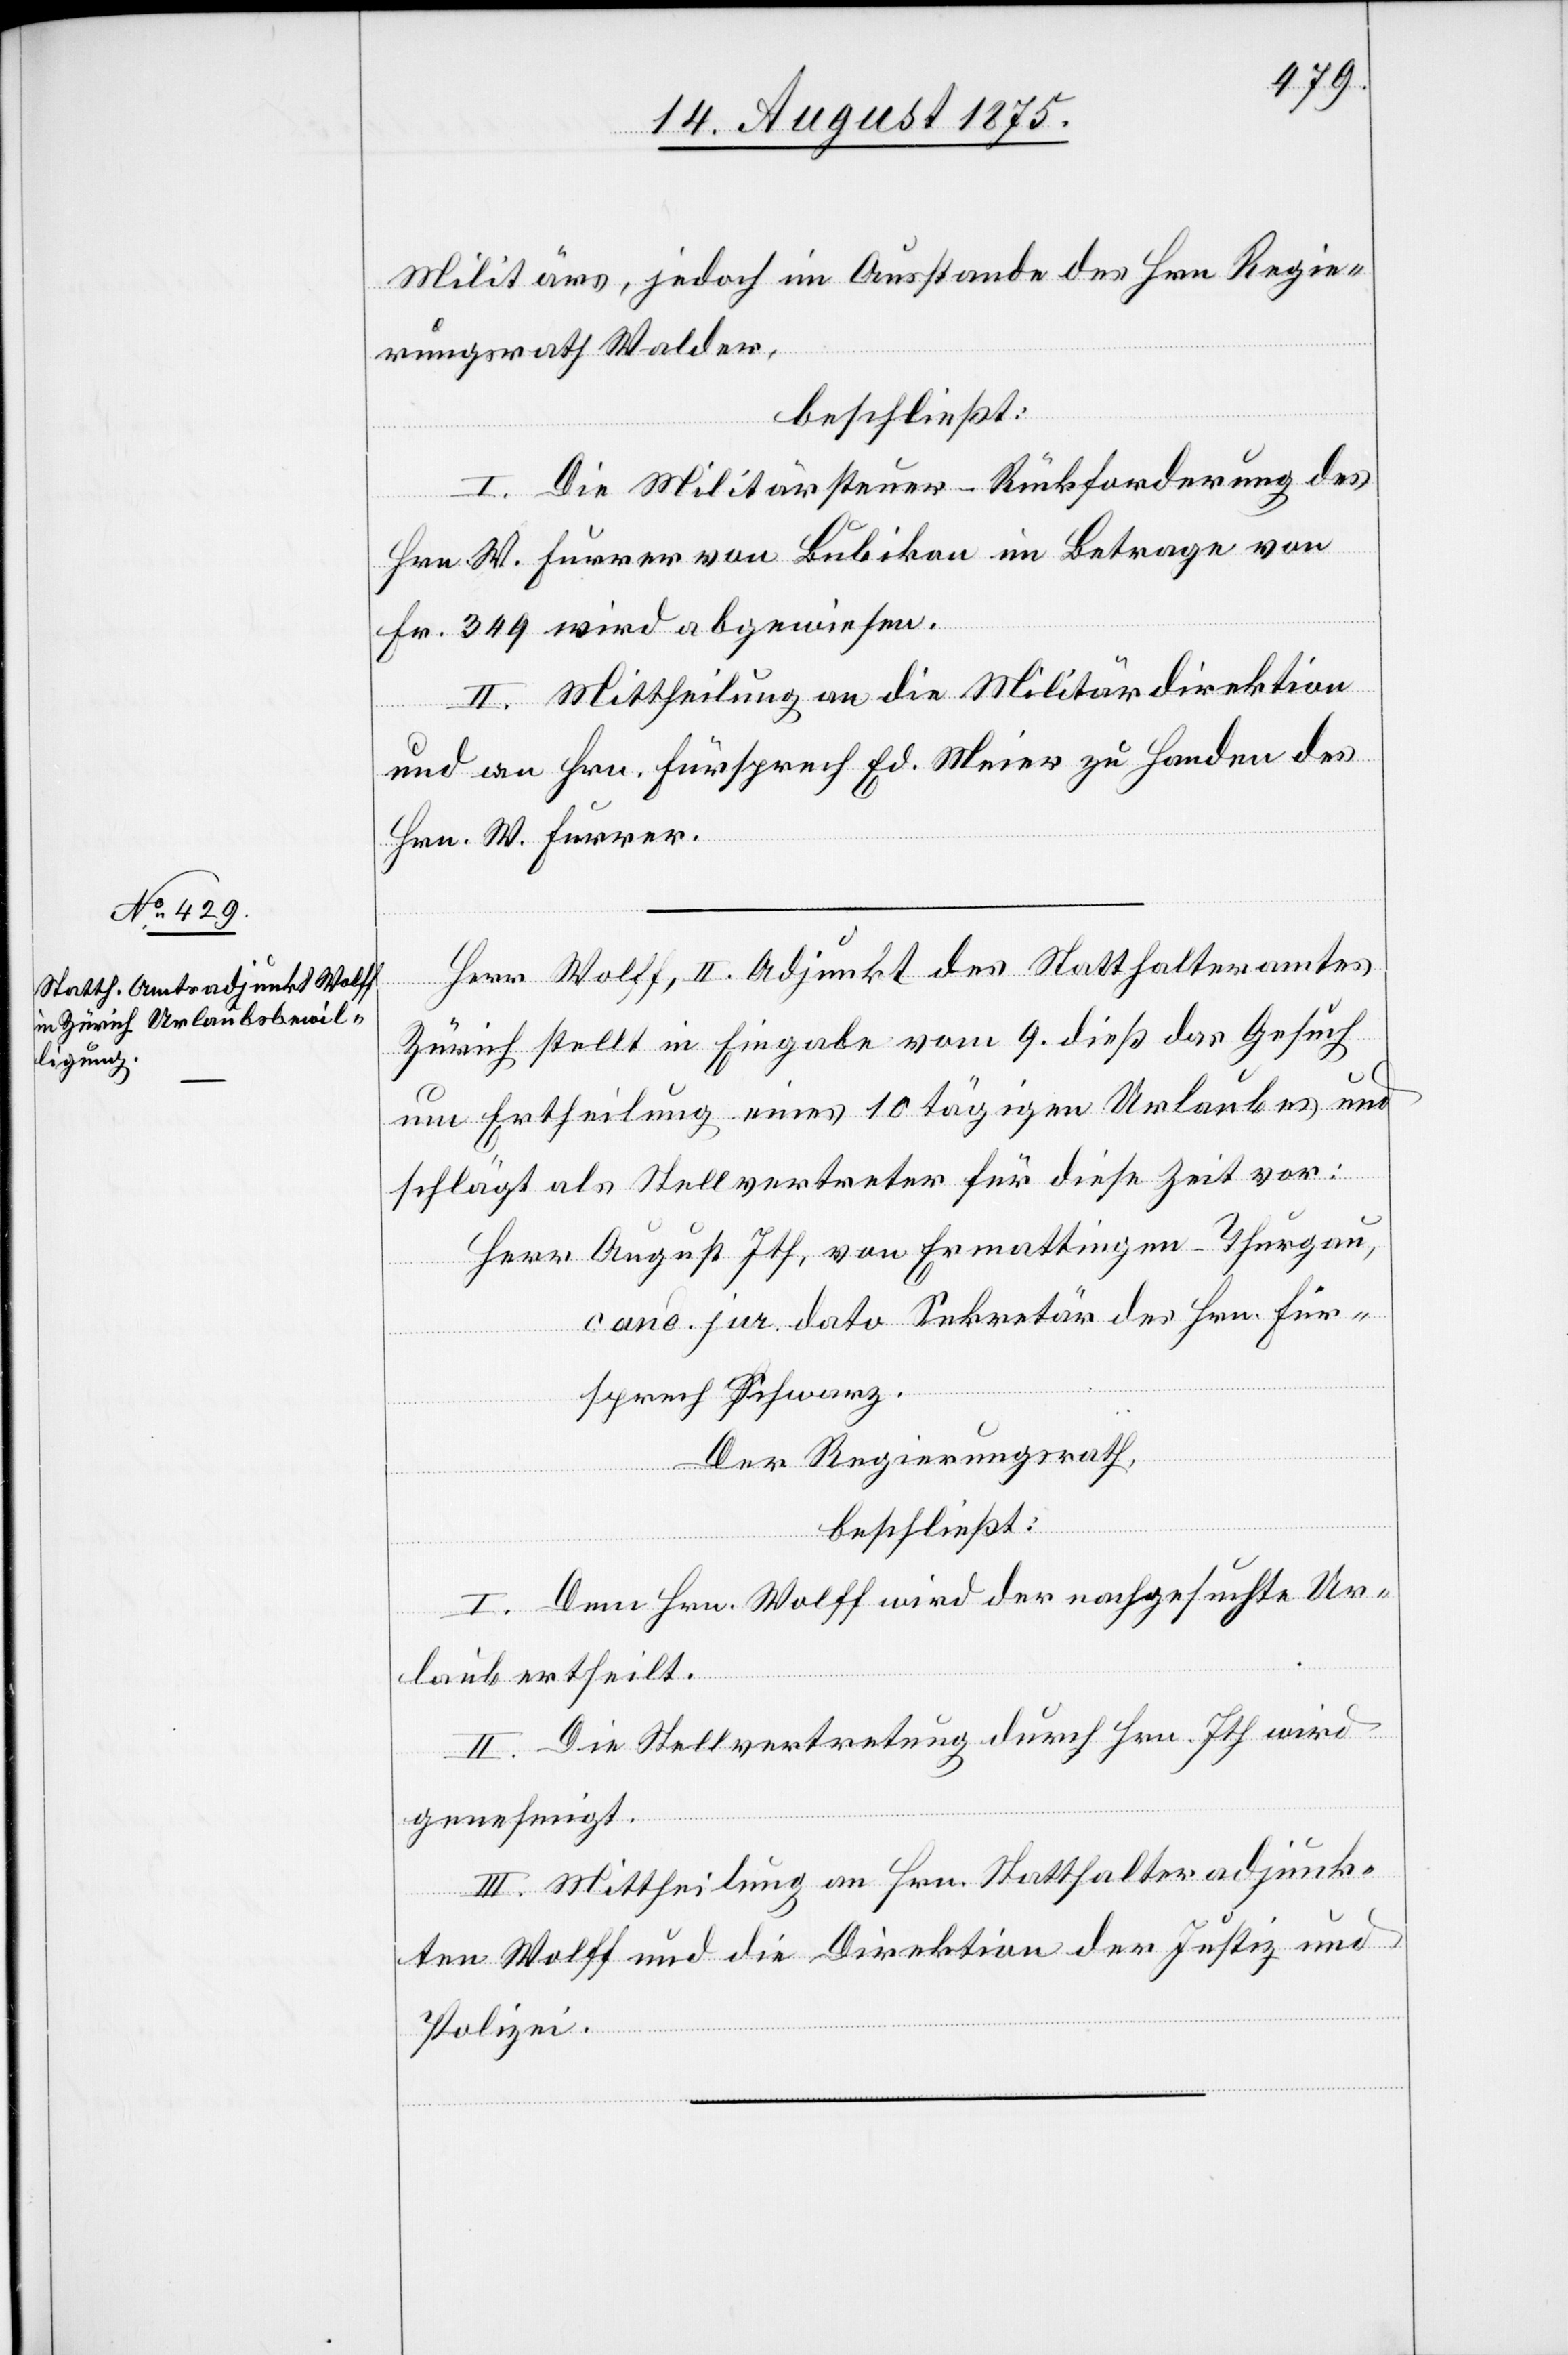
Militärs, jedoch im Ausstande des Hrn. Regie¬
rungsrath Walder,
beschließt:
I. Die Militärsteuer-Rückforderung des
Hrn. W. Furrer von Bubikon im Betrage von
Fr. 349 wird abgewiesen.
II. Mittheilung an die Militärdirektion
und an Hrn. Fürsprech Ed. Meier zu Handen des
Hrn. W. Furrer.
Herr Wolff, II. Adjunkt des Statthalteramtes
Zürich stellt in Eingabe vom 9. dieß das Gesuch
um Ertheilung eines 10 tägigen Urlaubes und
schlägt als Stellvertreter für diese Zeit vor:
Herr August Ith, von Ermatingen - Thurgau,
cand. jur. dato Sekretär des Hrn. Für¬
sprech Schwarz.
Der Regierungsrath,
beschließt:
I. Dem Hrn. Wolff wird der nachgesuchte Ur¬
laub ertheilt.
II. Die Stellvertretung durch Hrn. Ith wird
genehmigt.
III. Mittheilung an Hrn. Statthalteradjunk¬
ten Wolff und die Direktion der Justiz und
Polizei.